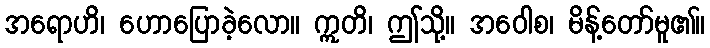
အရောဟိ၊ ဟောပြောခဲ့လော။ ဣတိ၊ ဤသို့။ အဝေါစ၊ မိန့်တော်မူ၏။